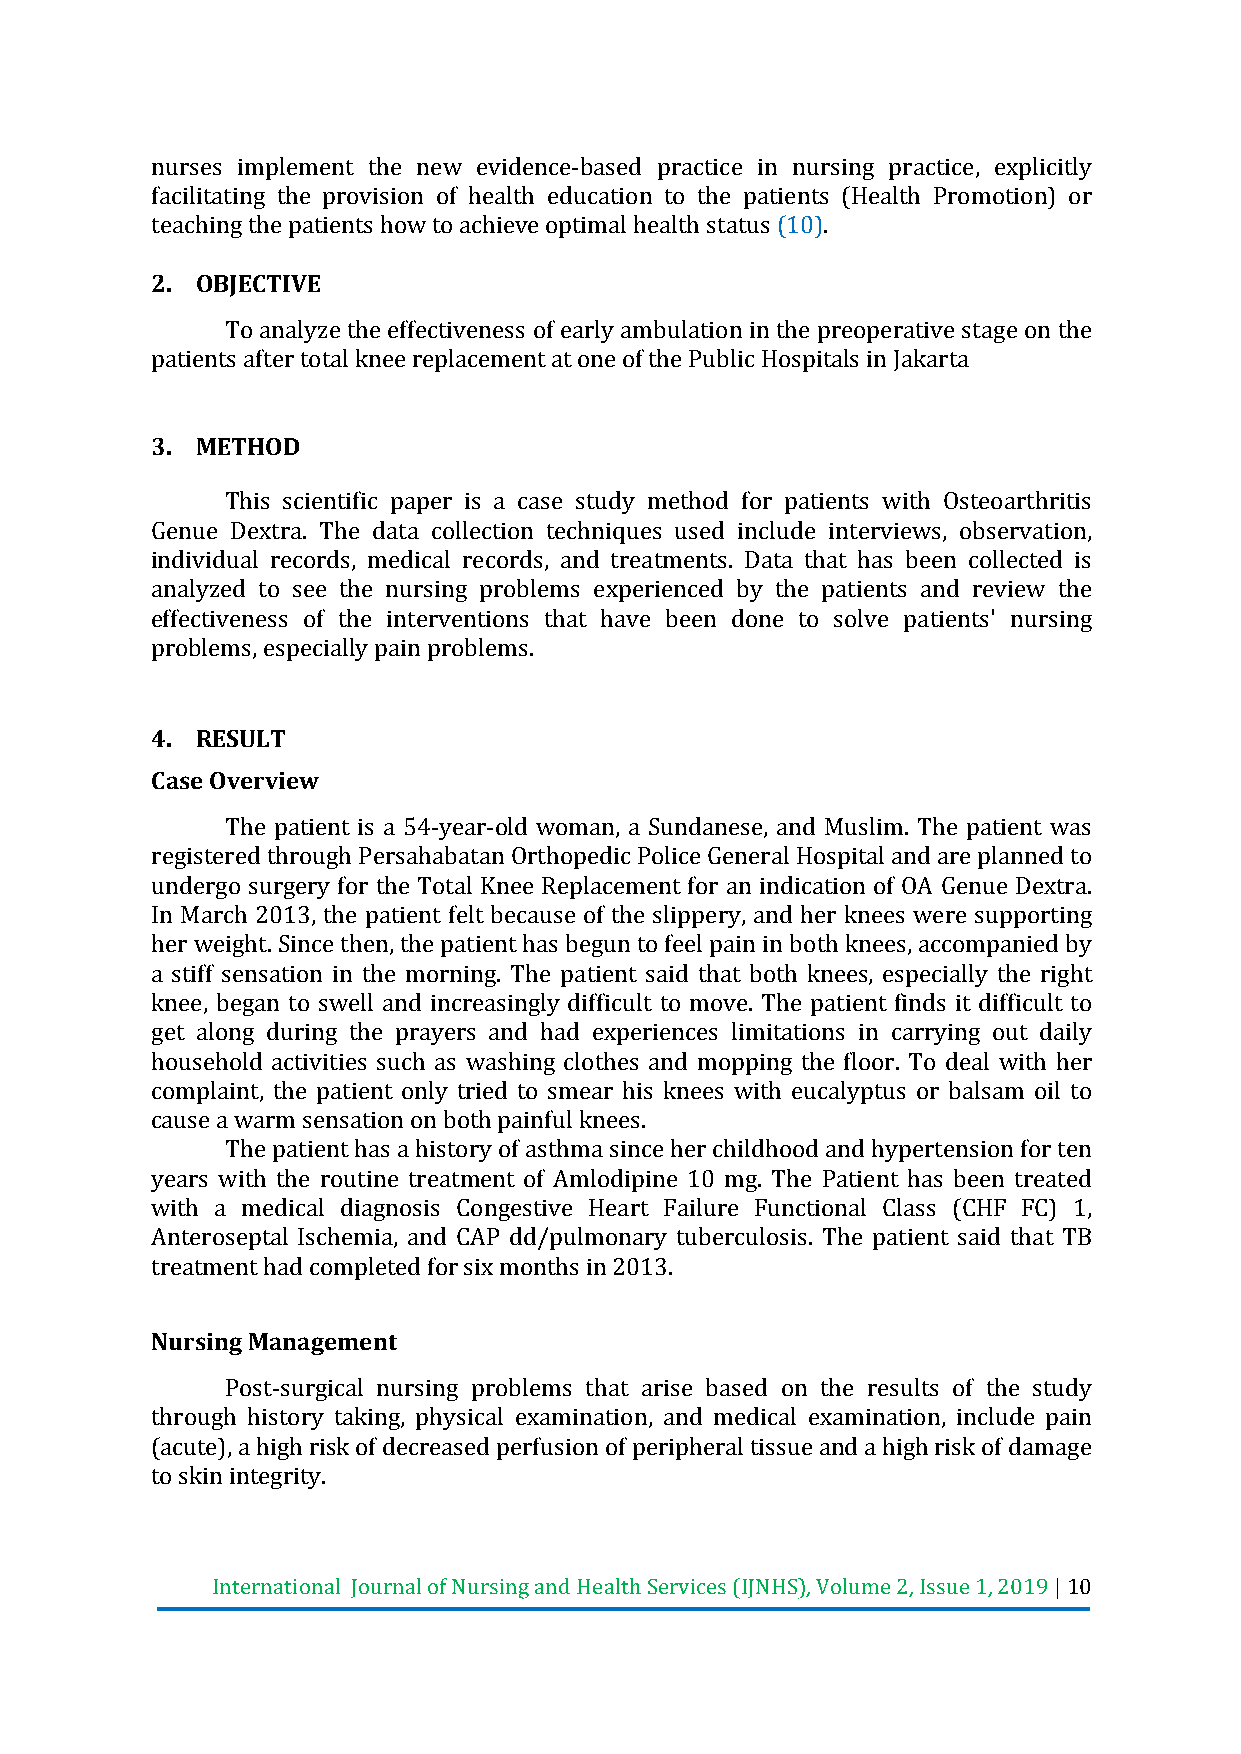
nurses implement the new evidence-based practice in nursing practice, explicitly
 facilitating the provision of health education to the patients (Health Promotion) or
 teaching the patients how to achieve optimal health status (10).
 2. OBJECTIVE
 To analyze the effectiveness of early ambulation in the preoperative stage on the
 patients after total knee replacement at one of the Public Hospitals in Jakarta
 3. METHOD
 This scientific paper is a case study method for patients with Osteoarthritis
 Genue Dextra. The data collection techniques used include interviews, observation,
 individual records, medical records, and treatments. Data that has been collected is
 analyzed to see the nursing problems experienced by the patients and review the
 effectiveness of the interventions that have been done to solve patients' nursing
 problems, especially pain problems.
 4. RESULT
 Case Overview
 The patient is a 54-year-old woman, a Sundanese, and Muslim. The patient was
 registered through Persahabatan Orthopedic Police General Hospital and are planned to
 undergo surgery for the Total Knee Replacement for an indication of OA Genue Dextra.
 In March 2013, the patient felt because of the slippery, and her knees were supporting
 her weight. Since then, the patient has begun to feel pain in both knees, accompanied by
 a stiff sensation in the morning. The patient said that both knees, especially the right
 knee, began to swell and increasingly difficult to move. The patient finds it difficult to
 get along during the prayers and had experiences limitations in carrying out daily
 household activities such as washing clothes and mopping the floor. To deal with her
 complaint, the patient only tried to smear his knees with eucalyptus or balsam oil to
 cause a warm sensation on both painful knees.
 The patient has a history of asthma since her childhood and hypertension for ten
 years with the routine treatment of Amlodipine 10 mg. The Patient has been treated
 with a medical diagnosis Congestive Heart Failure Functional Class (CHF FC) 1,
 Anteroseptal Ischemia, and CAP dd/pulmonary tuberculosis. The patient said that TB
 treatment had completed for six months in 2013.
 Nursing Management
 Post-surgical nursing problems that arise based on the results of the study
 through history taking, physical examination, and medical examination, include pain
 (acute), a high risk of decreased perfusion of peripheral tissue and a high risk of damage
 to skin integrity.
 International Journal of Nursing and Health Services (IJNHS), Volume 2, Issue 1, 2019 | 10